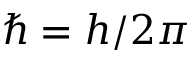
\hbar = h / 2 \pi